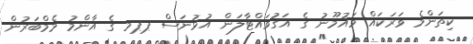
ކިތަންމެ ވަރަކައް މައުމޫނު ގެ އަގުވައްޓާލަން އުޅުނަސް ޕޕމ ގެ އާންމު މެމްބަރުން